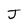
Character: J